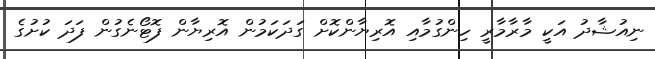
ނިއުޝާދު އަކީ މާރާމާރީ ހިންގުމާއި އޮރިޔާންކޮށް ގަދަކަމުން އޮރިޔާން ފޮޓޯނެގުން ފަދަ ކުށުގެ